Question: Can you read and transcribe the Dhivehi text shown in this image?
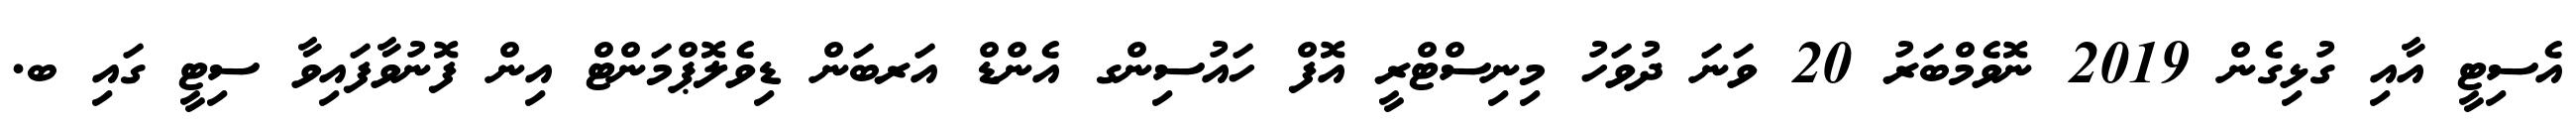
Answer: އެސިޓީ އާއި ގުޅިގެން 2019 ނޮވެމްބަރު 20 ވަނަ ދުވަހު މިނިސްޓްރީ އޮފް ހައުސިންގ އެންޑް އަރބަން ޑިވެލޮޕްމަންޓް އިން ފޮނުވާފައިވާ ސިޓީ ގައި ބ.